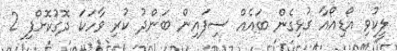
ލީކުވި އޯޑިއޯއާ ގުޅިގެން ބައެއް ސިފައިން ބަންދު ކުރި ވާހަކަ ދޮގުކޮށްފި 2